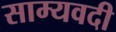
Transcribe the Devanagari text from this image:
साम्यवदी